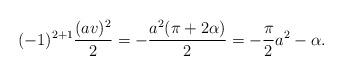
LaTeX: \begin{align*}(-1)^{2+1}\frac{(a v)^2}{2}=-\frac{a^2(\pi+2\alpha)}{2}=-\frac{\pi}{2}a^2-\alpha.\end{align*}